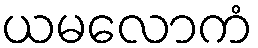
ယမလောကံ